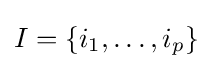
I=\{i_{1},\ldots ,i_{p}\}